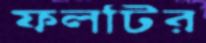
ফলটির